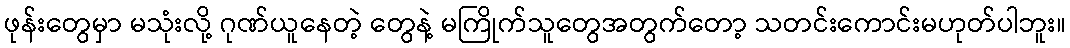
ဖုန်းတွေမှာ မသုံးလို့ ဂုဏ်ယူနေတဲ့ တွေနဲ့ မကြိုက်သူတွေအတွက်တော့ သတင်းကောင်းမဟုတ်ပါဘူး။